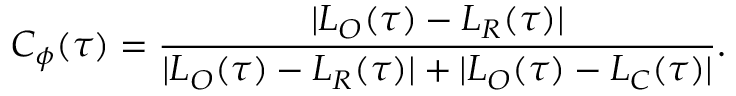
C _ { \phi } ( \tau ) = \frac { | L _ { O } ( \tau ) - L _ { R } ( \tau ) | } { | L _ { O } ( \tau ) - L _ { R } ( \tau ) | + | L _ { O } ( \tau ) - L _ { C } ( \tau ) | } .